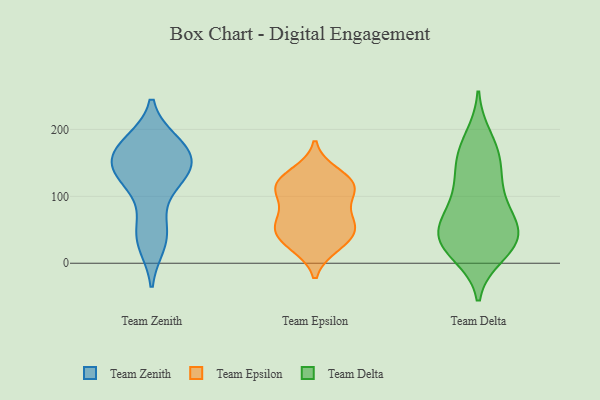
{"axis": {"x": "Conversion Rate (%)", "y": "Value"}, "legend": ["Team Delta", "Team Epsilon", "Team Zenith"], "data": [{"x": "", "y": 180, "type": "Team Zenith"}, {"x": "", "y": 175, "type": "Team Zenith"}, {"x": "", "y": 34, "type": "Team Zenith"}, {"x": "", "y": 29, "type": "Team Zenith"}, {"x": "", "y": 119, "type": "Team Zenith"}, {"x": "", "y": 142, "type": "Team Zenith"}, {"x": "", "y": 66, "type": "Team Zenith"}, {"x": "", "y": 162, "type": "Team Zenith"}, {"x": "", "y": 144, "type": "Team Zenith"}, {"x": "", "y": 126, "type": "Team Zenith"}, {"x": "", "y": 179, "type": "Team Zenith"}, {"x": "", "y": 153, "type": "Team Zenith"}, {"x": "", "y": 143, "type": "Team Zenith"}, {"x": "", "y": 173, "type": "Team Zenith"}, {"x": "", "y": 42, "type": "Team Zenith"}, {"x": "", "y": 128, "type": "Team Zenith"}, {"x": "", "y": 120, "type": "Team Epsilon"}, {"x": "", "y": 119, "type": "Team Epsilon"}, {"x": "", "y": 111, "type": "Team Epsilon"}, {"x": "", "y": 43, "type": "Team Epsilon"}, {"x": "", "y": 52, "type": "Team Epsilon"}, {"x": "", "y": 72, "type": "Team Epsilon"}, {"x": "", "y": 115, "type": "Team Epsilon"}, {"x": "", "y": 29, "type": "Team Epsilon"}, {"x": "", "y": 26, "type": "Team Epsilon"}, {"x": "", "y": 134, "type": "Team Epsilon"}, {"x": "", "y": 54, "type": "Team Epsilon"}, {"x": "", "y": 100, "type": "Team Epsilon"}, {"x": "", "y": 63, "type": "Team Epsilon"}, {"x": "", "y": 148, "type": "Team Delta"}, {"x": "", "y": 109, "type": "Team Delta"}, {"x": "", "y": 30, "type": "Team Delta"}, {"x": "", "y": 80, "type": "Team Delta"}, {"x": "", "y": 52, "type": "Team Delta"}, {"x": "", "y": 25, "type": "Team Delta"}, {"x": "", "y": 45, "type": "Team Delta"}, {"x": "", "y": 169, "type": "Team Delta"}, {"x": "", "y": 54, "type": "Team Delta"}, {"x": "", "y": 30, "type": "Team Delta"}, {"x": "", "y": 119, "type": "Team Delta"}, {"x": "", "y": 77, "type": "Team Delta"}, {"x": "", "y": 187, "type": "Team Delta"}, {"x": "", "y": 34, "type": "Team Delta"}, {"x": "", "y": 155, "type": "Team Delta"}, {"x": "", "y": 14, "type": "Team Delta"}]}